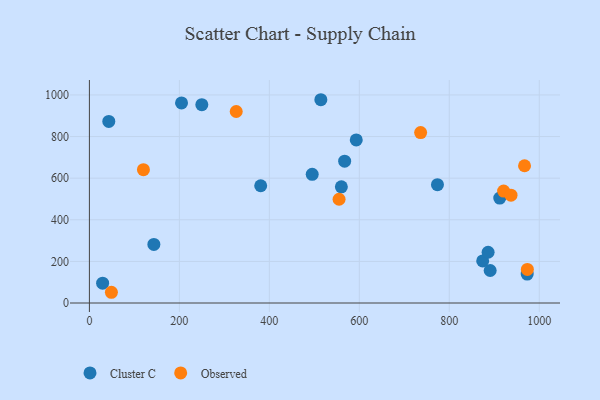
{"axis": {"x": "Experience", "y": "Fuel Efficiency"}, "legend": ["Cluster C", "Observed"], "data": [{"x": "973.2", "y": 139.1, "type": "Cluster C"}, {"x": "874.3", "y": 202.4, "type": "Cluster C"}, {"x": "567.4", "y": 681.9, "type": "Cluster C"}, {"x": "380.8", "y": 563.5, "type": "Cluster C"}, {"x": "43.1", "y": 872.7, "type": "Cluster C"}, {"x": "514.5", "y": 977.0, "type": "Cluster C"}, {"x": "560.1", "y": 558.3, "type": "Cluster C"}, {"x": "886.3", "y": 244.0, "type": "Cluster C"}, {"x": "143.3", "y": 281.6, "type": "Cluster C"}, {"x": "495.3", "y": 618.7, "type": "Cluster C"}, {"x": "890.9", "y": 156.2, "type": "Cluster C"}, {"x": "29.4", "y": 95.1, "type": "Cluster C"}, {"x": "593.2", "y": 783.8, "type": "Cluster C"}, {"x": "773.7", "y": 568.9, "type": "Cluster C"}, {"x": "249.9", "y": 953.3, "type": "Cluster C"}, {"x": "204.8", "y": 961.5, "type": "Cluster C"}, {"x": "912.2", "y": 504.2, "type": "Cluster C"}, {"x": "555.0", "y": 498.8, "type": "Observed"}, {"x": "326.4", "y": 920.5, "type": "Observed"}, {"x": "920.8", "y": 538.1, "type": "Observed"}, {"x": "937.2", "y": 518.1, "type": "Observed"}, {"x": "967.3", "y": 659.6, "type": "Observed"}, {"x": "736.3", "y": 818.9, "type": "Observed"}, {"x": "48.9", "y": 51.6, "type": "Observed"}, {"x": "120.1", "y": 640.7, "type": "Observed"}, {"x": "973.6", "y": 161.2, "type": "Observed"}]}